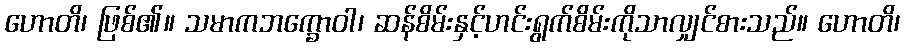
ဟောတိ၊ ဖြစ်၏။ သမာကဘက္ခောဝါ၊ ဆန်စိမ်းနှင့်ဟင်းရွက်စိမ်းကိုသာလျှင်စားသည်။ ဟောတိ၊